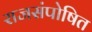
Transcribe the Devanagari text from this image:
राजसंपोषित